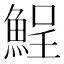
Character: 𩷣